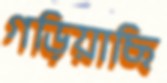
গড়িয়াছি